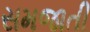
સમજાતી